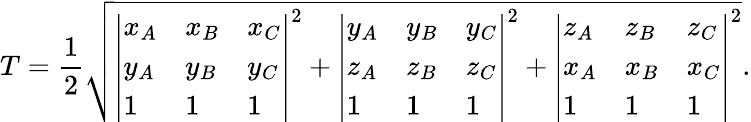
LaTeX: T={\frac{1}{2}}{\sqrt{{\left|\begin{array}{lll}{x_{A}}&{x_{B}}&{x_{C}}\\ {y_{A}}&{y_{B}}&{y_{C}}\\ {1}&{1}&{1}\end{array}\right|}^{2}+{\left|\begin{array}{lll}{y_{A}}&{y_{B}}&{y_{C}}\\ {z_{A}}&{z_{B}}&{z_{C}}\\ {1}&{1}&{1}\end{array}\right|}^{2}+{\left|\begin{array}{lll}{z_{A}}&{z_{B}}&{z_{C}}\\ {x_{A}}&{x_{B}}&{x_{C}}\\ {1}&{1}&{1}\end{array}\right|}^{2}}}.